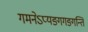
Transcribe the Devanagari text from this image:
गमनेऽप्यङ्गगङ्गन्ति